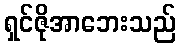
ရှင်ဇိုအာဘေးသည်